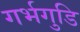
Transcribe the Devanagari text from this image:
गर्भगुडि